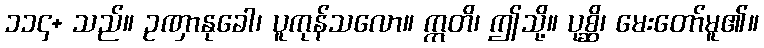
၁၁၄+ သည်။ ဥဏှာနုခေါ၊ ပူကုန်သလော။ ဣတိ၊ ဤသို့။ ပုစ္ဆိ၊ မေးတော်မူ၏။